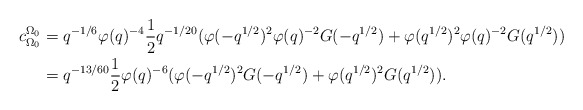
\begin{align*} c_{\Omega_0}^{\Omega_0} &= q^{-1/6}\varphi(q)^{-4}\dfrac{1}{2}q^{-1/20}(\varphi(-q^{1/2})^2\varphi(q)^{-2}G(-q^{1/2})+\varphi(q^{1/2})^2\varphi(q)^{-2}G(q^{1/2}))\\ &= q^{-13/60}\dfrac{1}{2}\varphi(q)^{-6}(\varphi(-q^{1/2})^2G(-q^{1/2})+\varphi(q^{1/2})^2G(q^{1/2})).\end{align*}